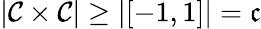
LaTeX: |{\mathcal{C}}\times{\mathcal{C}}|\geq|[-1,1]|={\mathfrak{c}}